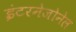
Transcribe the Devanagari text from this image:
इंटरनेजोनेल